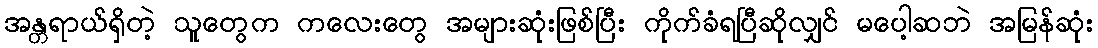
အန္တရာယ်ရှိတဲ့ သူတွေက ကလေးတွေ အများဆုံးဖြစ်ပြီး ကိုက်ခံရပြီဆိုလျှင် မပေါ့ဆဘဲ အမြန်ဆုံး